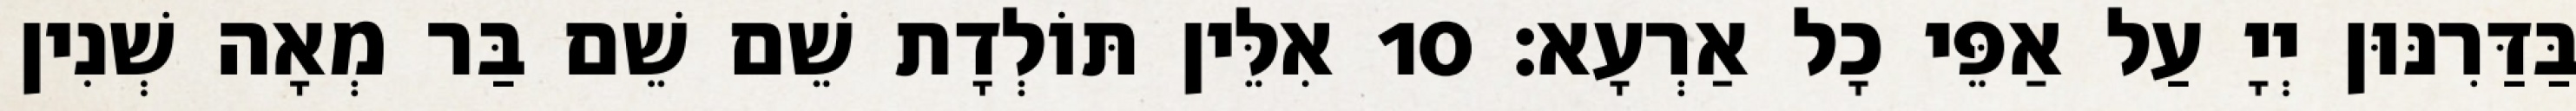
בַּדַּרִנּוּן יְיָ עַל אַפֵּי כָל אַרְעָא׃ 10 אִלֵּין תּוֹלְדָת שֵׁם שֵׁם בַּר מְאָה שְׁנִין